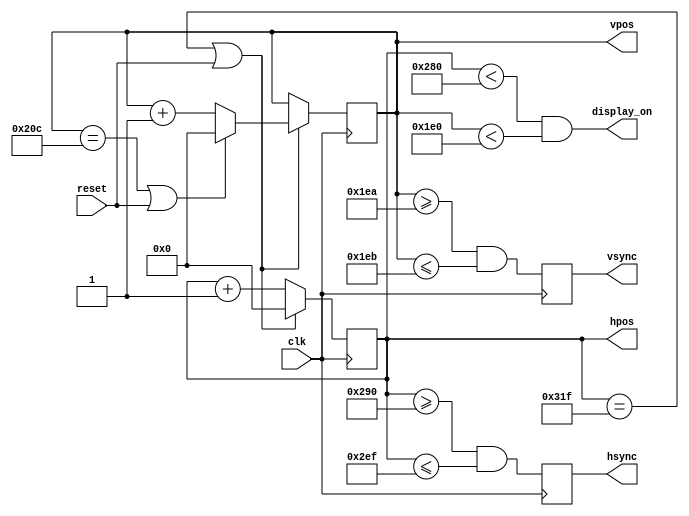
`ifndef HVSYNC_GENERATOR_H
`define HVSYNC_GENERATOR_H

/*
Video sync generator, used to drive a VGA monitor.
Timing from: https://en.wikipedia.org/wiki/Video_Graphics_Array
To use:
- Wire the hsync and vsync signals to top level outputs
- Add a 3-bit (or more) "rgb" output to the top level
*/

module hvsync_generator(clk, reset, hsync, vsync, display_on, hpos, vpos);

  input clk;
  input reset;
  output reg hsync, vsync;
  output display_on;
  output reg [9:0] hpos;
  output reg [9:0] vpos;

  // declarations for TV-simulator sync parameters
  // horizontal constants
  parameter H_DISPLAY       = 640; // horizontal display width
  parameter H_BACK          =  48; // horizontal left border (back porch)
  parameter H_FRONT         =  16; // horizontal right border (front porch)
  parameter H_SYNC          =  96; // horizontal sync width
  // vertical constants
  parameter V_DISPLAY       = 480; // vertical display height
  parameter V_TOP           =  33; // vertical top border
  parameter V_BOTTOM        =  10; // vertical bottom border
  parameter V_SYNC          =   2; // vertical sync # lines
  // derived constants
  parameter H_SYNC_START    = H_DISPLAY + H_FRONT;
  parameter H_SYNC_END      = H_DISPLAY + H_FRONT + H_SYNC - 1;
  parameter H_MAX           = H_DISPLAY + H_BACK + H_FRONT + H_SYNC - 1;
  parameter V_SYNC_START    = V_DISPLAY + V_BOTTOM;
  parameter V_SYNC_END      = V_DISPLAY + V_BOTTOM + V_SYNC - 1;
  parameter V_MAX           = V_DISPLAY + V_TOP + V_BOTTOM + V_SYNC - 1;

  wire hmaxxed = (hpos == H_MAX) || reset;	// set when hpos is maximum
  wire vmaxxed = (vpos == V_MAX) || reset;	// set when vpos is maximum
  
  // horizontal position counter
  always @(posedge clk)
  begin
    hsync <= (hpos>=H_SYNC_START && hpos<=H_SYNC_END);
    if(hmaxxed)
      hpos <= 0;
    else
      hpos <= hpos + 1;
  end

  // vertical position counter
  always @(posedge clk)
  begin
    vsync <= (vpos>=V_SYNC_START && vpos<=V_SYNC_END);
    if(hmaxxed)
      if (vmaxxed)
        vpos <= 0;
      else
        vpos <= vpos + 1;
  end
  
  // display_on is set when beam is in "safe" visible frame
  assign display_on = (hpos<H_DISPLAY) && (vpos<V_DISPLAY);

endmodule

`endif